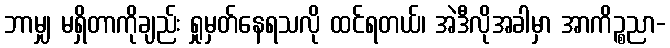
ဘာမျှ မရှိတာကိုချည်း ရှုမှတ်နေရသလို ထင်ရတယ်၊ အဲဒီလိုအခါမှာ အာကိဉ္စညာ-